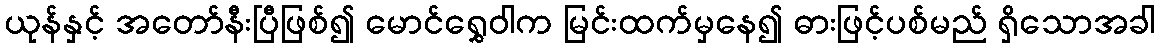
ယုန်နှင့် အတော်နီးပြီဖြစ်၍ မောင်ရွှေဝါက မြင်းထက်မှနေ၍ ဓားဖြင့်ပစ်မည် ရှိသောအခါ